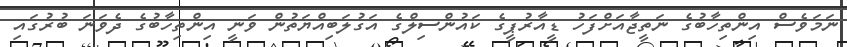
ނަމަވެސް އިންތިހާބުގެ ނަތީޖާއަށްފަހު ޑީއާރުޕީގެ ކައުންސިލްގެ އަގުލަބިއްޔަތުން ވަނީ އިންތިހާބުގެ ދެވަނަ ބުރުގައި